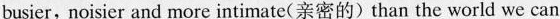
busier,noisier and more intimate（亲密的）than the world we can